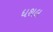
ધશલ